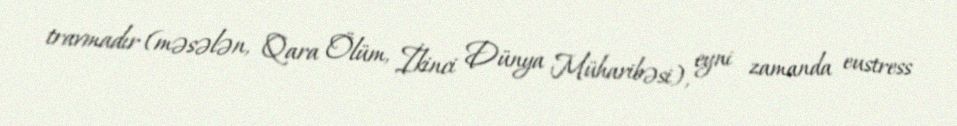
travmadır (məsələn, Qara Ölüm, İkinci Dünya Müharibəsi), eyni zamanda eustress